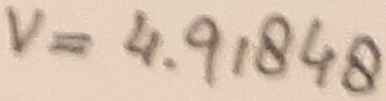
Text: V=4.91848